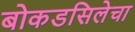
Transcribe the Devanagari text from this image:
बोकडसिलेचा